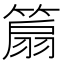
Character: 𥰢